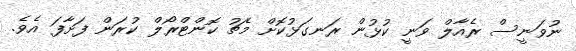
ނުވަނީސް ރެއާލް ވަނީ ކުޅުން ރަނގަޅުކޮށް މެޗު ކޮންޓްރޯލް ކުރަން ފަށާފަ އެވެ.